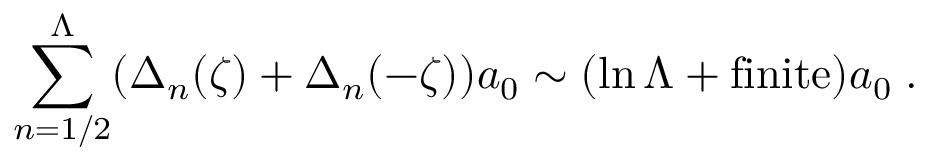
\sum _ { n = 1 / 2 } ^ { \Lambda } ( \Delta _ { n } ( \zeta ) + \Delta _ { n } ( - \zeta ) ) a _ { 0 } \sim ( \ln \Lambda + \mathrm { { f i n i t e } } ) a _ { 0 } \; .